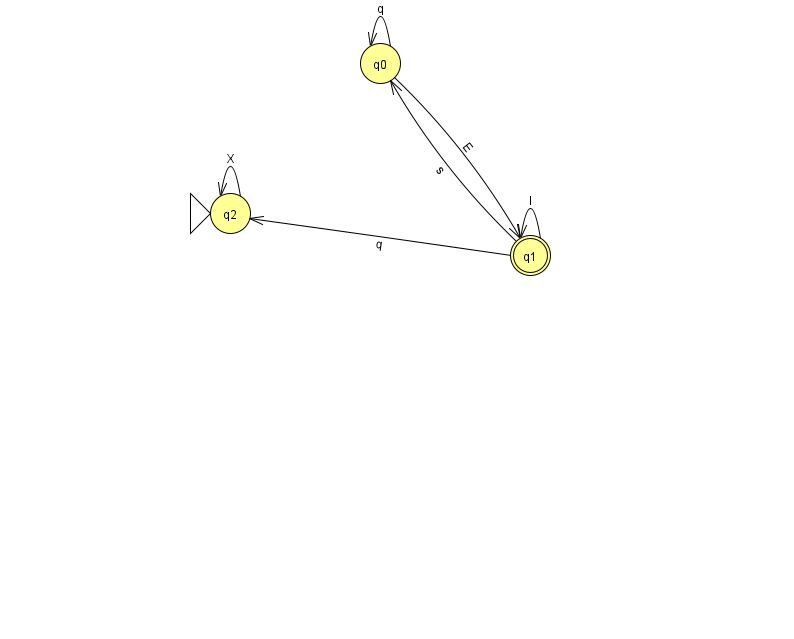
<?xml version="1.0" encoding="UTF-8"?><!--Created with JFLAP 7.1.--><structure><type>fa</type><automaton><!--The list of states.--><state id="0" name="q0"><x>380.0</x><y>50.0</y></state><state id="1" name="q1"><x>530.0</x><y>242.0</y><final/></state><state id="2" name="q2"><x>230.0</x><y>200.0</y><initial/></state><!--The list of transitions.--><transition><from>0</from><to>1</to><read>E</read></transition><transition><from>0</from><to>0</to><read>q</read></transition><transition><from>1</from><to>0</to><read>s</read></transition><transition><from>2</from><to>2</to><read>X</read></transition><transition><from>1</from><to>1</to><read>I</read></transition><transition><from>1</from><to>2</to><read>q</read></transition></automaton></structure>